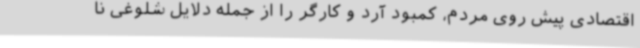
اقتصادی پیش روی مردم، کمبود آرد و کارگر را از جمله دلایل شلوغی نا